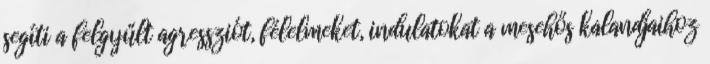
segíti a felgyűlt agressziót, félelmeket, indulatokat a mesehős kalandjaihoz